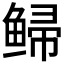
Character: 𫚡